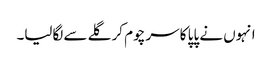
انہوں نے پاپا کا سر چوم کر گلے سے لگالیا۔